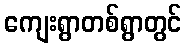
ကျေးရွာတစ်ရွာတွင်